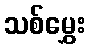
သစ်မွှေး